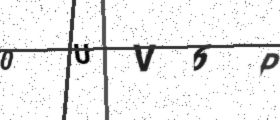
Text: 0UV6P